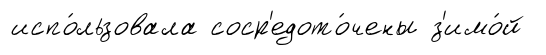
испо́льзовала соср'едото́чены з'имо́й